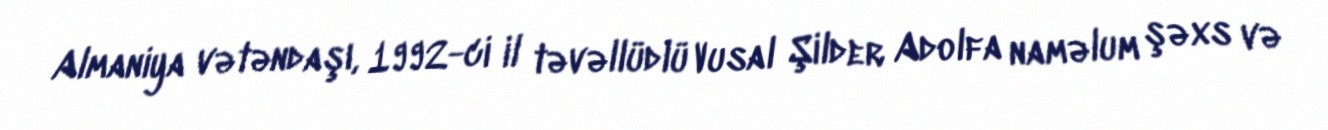
Almaniya vətəndaşı, 1992-ci il təvəllüdlü Vusal Şilder Adolfa naməlum şəxs və